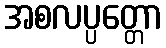
အစလပ္ပတ္တော